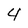
Character: 4